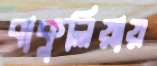
বাকুলিয়ায়